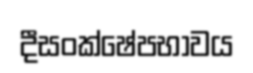
දීසංක්ෂේපභාවය